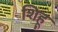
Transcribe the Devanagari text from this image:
शिहू